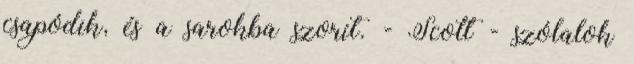
csapódik, és a sarokba szorít. - Scott - szólalok